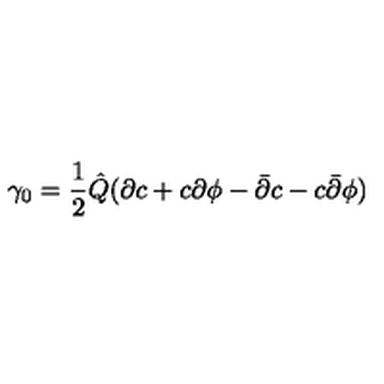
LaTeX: \gamma _ { 0 } = \frac { 1 } { 2 } { \hat { Q } } ( \partial c + c \partial \phi - { \bar { \partial } } c - c { \bar { \partial } } \phi )